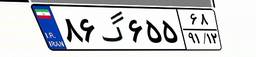
۸۶گ۶۵۵۶۸